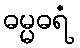
ဓမ္မဓရံ